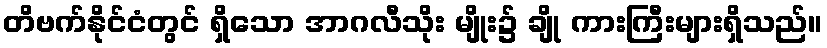
တိဗက်နိုင်ငံတွင် ရှိသော အာဂလီသိုး မျိုး၌ ချို ကားကြီးများရှိသည်။